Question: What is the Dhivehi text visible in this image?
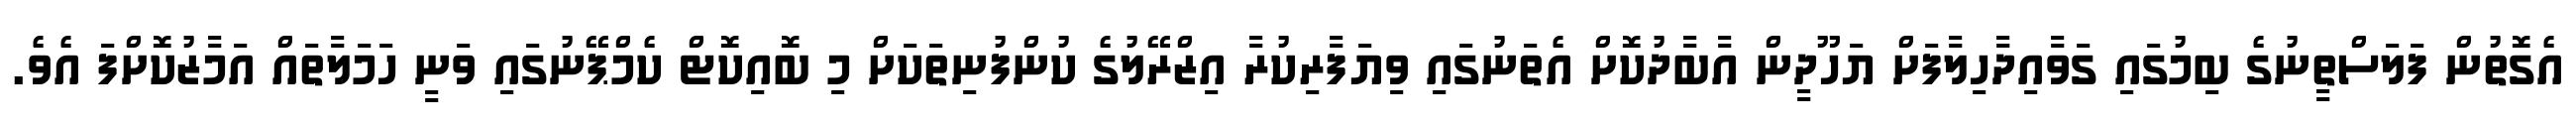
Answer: އެގޮތުން ފަލަސްތީނުގެ ބިމުގައި ގަވާއިދާހިލާފަށް ޔަހޫދީން އާބާދުކޮށް އެތަނުގައި ވިޔަފާރިކުރާ އިޒްރޭލުގެ ކުންފުނިތަކަށް މި ބޮއިކޮޓް ކެމްޕޭނުގައި ވަނީ ހަމަލާތައް އަމާޒުކޮށްފަ އެވެ.